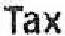
TAX